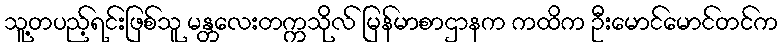
သူ့တပည့်ရင်းဖြစ်သူ မန္တလေးတက္ကသိုလ် မြန်မာစာဌာနက ကထိက ဦးမောင်မောင်တင်က